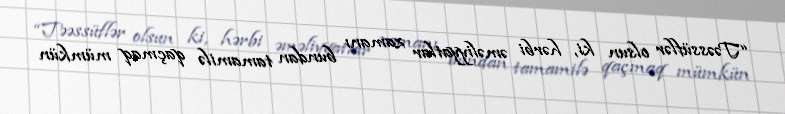
“Təəssüflər olsun ki, hərbi əməliyyatlar zamanı bundan tamamilə qaçmaq mümkün